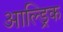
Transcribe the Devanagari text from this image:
आल्ड्रिक